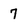
Character: 7